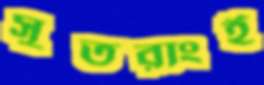
সুতরাংই